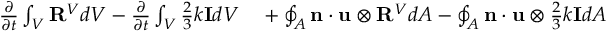
\begin{array} { r l } { \frac { \partial } { \partial t } \int _ { V } \mathbf { R } ^ { V } d V - \frac { \partial } { \partial t } \int _ { V } \frac { 2 } { 3 } k \mathbf { I } d V } & { { } + \oint _ { A } \mathbf { n } \cdot \mathbf { u } \otimes \mathbf { R } ^ { V } d A - \oint _ { A } \mathbf { n } \cdot \mathbf { u } \otimes \frac { 2 } { 3 } k \mathbf { I } d A } \end{array}